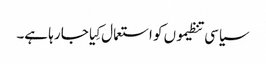
سیاسی تنظیموں کو استعمال کِیا جا رہا ہے۔